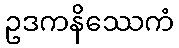
ဥဒကနိဿေကံ